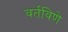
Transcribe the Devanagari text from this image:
वर्तविणे